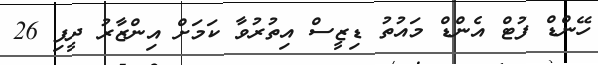
ހޭންޑް ފުޓް އެންޑް މައުތު ޑިޒީސް އިތުރުވާ ކަމަށް އިންޒާރު ދީފި 26